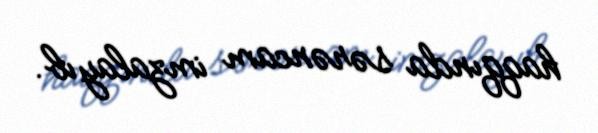
haqqında sərəncam imzalayıb.